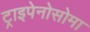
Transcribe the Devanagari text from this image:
ट्राइपेनोसोमा